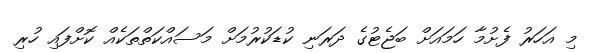
މި އަހަރު ފެށުމާ ހަމައަށް ބަޖެޓުގެ ދަރަނި ކުޑަކުރުމަށް މަސައްކަތްތަކެއް ކޮށްފައި ހުރި